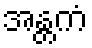
အန္တကံ